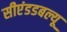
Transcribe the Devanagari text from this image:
सीएंडडबल्यू